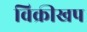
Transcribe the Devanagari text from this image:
विक्रीखप